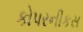
કોપરનીકસ